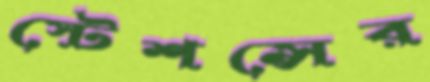
স্টেশন্সের